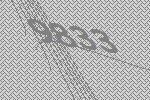
9833